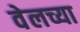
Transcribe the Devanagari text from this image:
वेलच्या